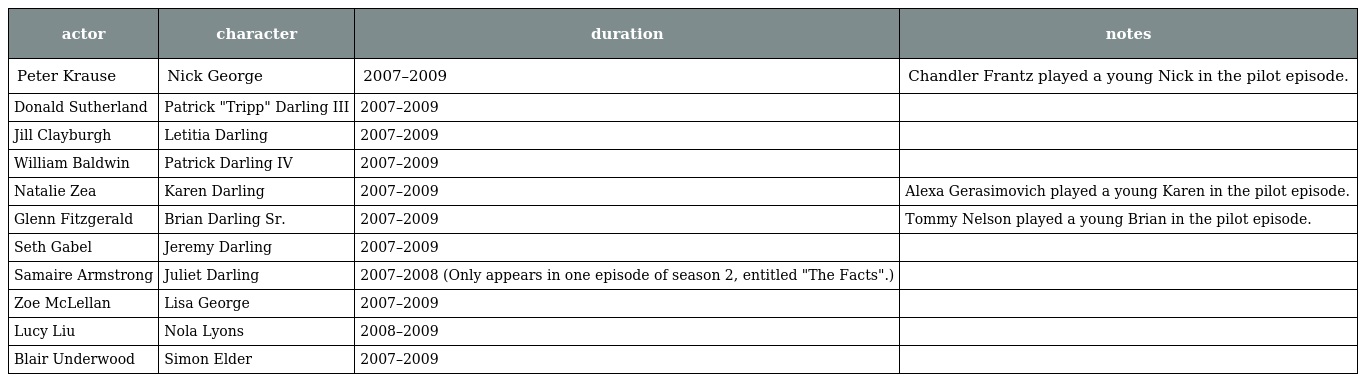
| actor | character | duration | notes |
 | --- | --- | --- | --- |
 | Peter Krause | Nick George | 2007–2009 | Chandler Frantz played a young Nick in the pilot episode. |
 | Donald Sutherland | Patrick "Tripp" Darling III | 2007–2009 |  |
 | Jill Clayburgh | Letitia Darling | 2007–2009 |  |
 | William Baldwin | Patrick Darling IV | 2007–2009 |  |
 | Natalie Zea | Karen Darling | 2007–2009 | Alexa Gerasimovich played a young Karen in the pilot episode. |
 | Glenn Fitzgerald | Brian Darling Sr. | 2007–2009 | Tommy Nelson played a young Brian in the pilot episode. |
 | Seth Gabel | Jeremy Darling | 2007–2009 |  |
 | Samaire Armstrong | Juliet Darling | 2007–2008 (Only appears in one episode of season 2, entitled "The Facts".) |  |
 | Zoe McLellan | Lisa George | 2007–2009 |  |
 | Lucy Liu | Nola Lyons | 2008–2009 |  |
 | Blair Underwood | Simon Elder | 2007–2009 |  |